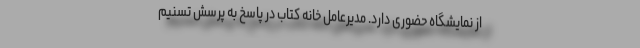
از نمایشگاه حضوری دارد. مدیرعامل خانه کتاب در پاسخ به پرسش تسنیم